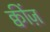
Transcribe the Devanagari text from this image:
क्वींज़